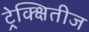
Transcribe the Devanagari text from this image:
ट्रेक्क्षितीज